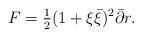
LaTeX: \begin{align*}F={\textstyle{\frac{1}{2}}}(1+\xi\bar{\xi})^2\bar{\partial} r.\end{align*}